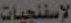
الإسفنجيات